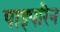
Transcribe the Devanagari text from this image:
पाइपरिन